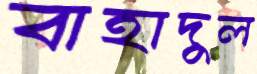
বাহাদুল